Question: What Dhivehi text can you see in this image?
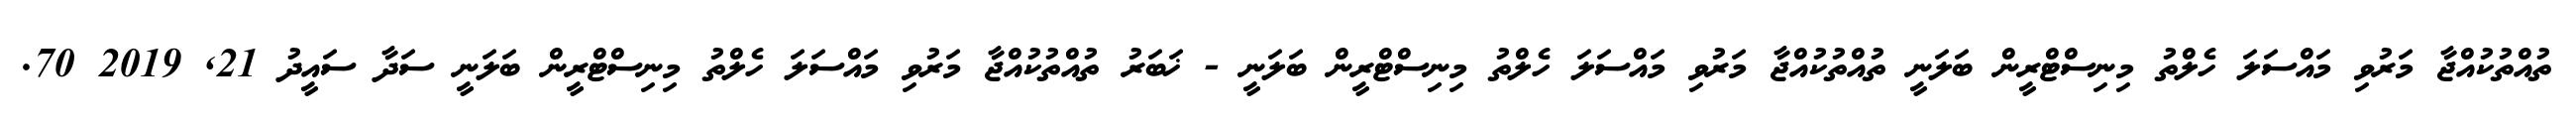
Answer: ތުއްތުކުއްޖާ މަރުވި މައްސަލަ ހެލްތު މިނިސްޓްރީން ބަލަނީ ތުއްތުކުއްޖާ މަރުވި މައްސަލަ ހެލްތު މިނިސްޓްރީން ބަލަނީ - ޚަބަރު ތުއްތުކުއްޖާ މަރުވި މައްސަލަ ހެލްތު މިނިސްޓްރީން ބަލަނީ ސަދާ ސައީދު 21, 2019 70.